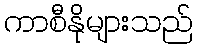
ကာစီနိုများသည်